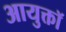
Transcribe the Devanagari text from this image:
आयुक्तॉ